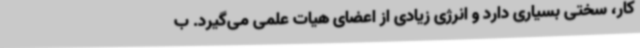
کار، سختی بسیاری دارد و انرژی زیادی از اعضای هیات علمی می‌گیرد. ب